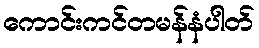
ကောင်းကင်တမန်နံပါတ်